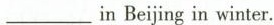
___in Beijing in winter.